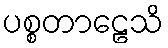
ပစ္စတာဠေသိ